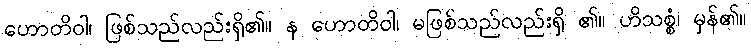
ဟောတိဝါ၊ ဖြစ်သည်လည်းရှိ၏။ န ဟောတိဝါ၊ မဖြစ်သည်လည်းရှိ ၏။ ဟိသစ္စံ၊ မှန်၏။